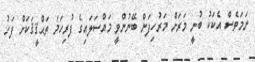
ނަމަވެސް އެކަކު ބުނީ މަރަށް މަރުހިފަން ބޭނުންވީ މައްސަލައިގެ ފުރިހަމަ ތަޙްޤީޤަކަށް ފަހު